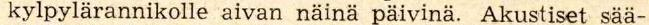
kylpylärannikolle aivan näinä päivinä. Akustiset sää-